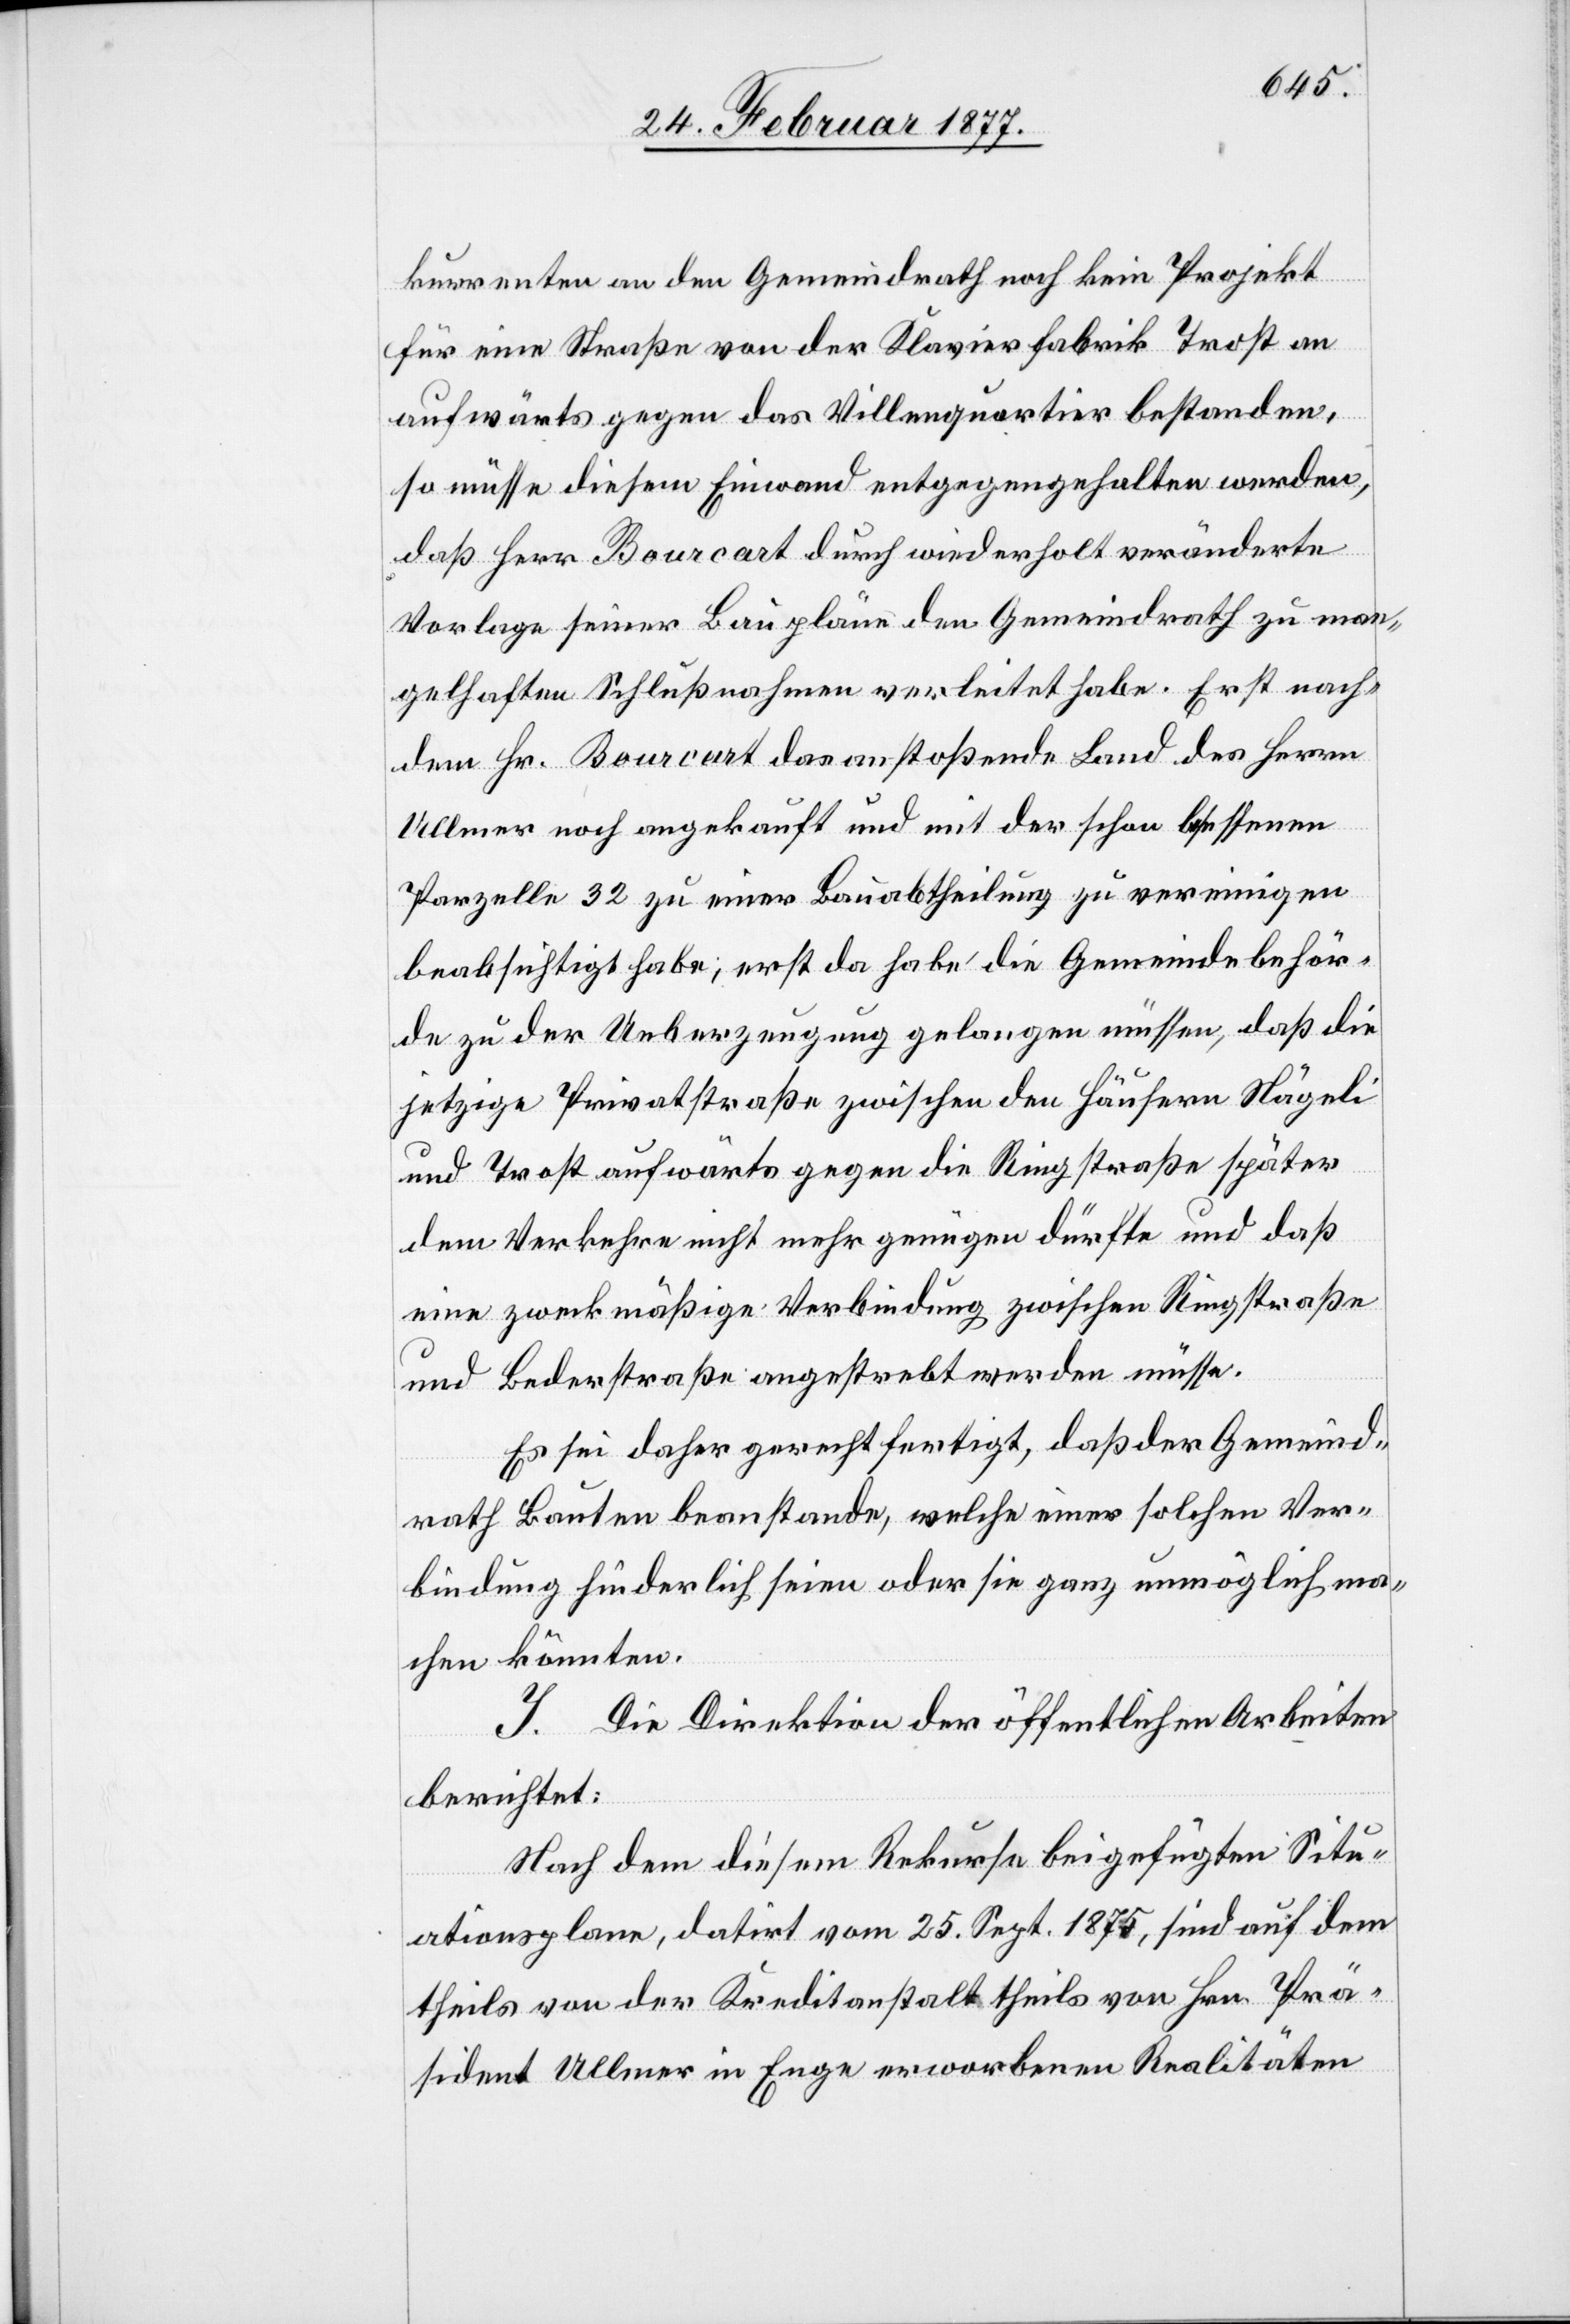
kurrenten an den Gemeindrath noch kein Projekt
für eine Straße von der Klavierfabrik Trost an
aufwärts gegen das Villenquartier bestanden,
so müsse diesem Einwand entgegengehalten werden,
daß Herr Bourcart durch wiederholt veränderte
Vorlage seiner Baupläne den Gemeindrath zu man¬
gelhaften Schlußnahmen verleitet habe. Erst nach¬
dem Hr. Bourcart das anstoßende Land des Herrn
Ullmer noch angekauft und mit der schon besessenen
Parzelle 32 zu einer Bauabtheilung zu vereinigen
beabsichtigt habe, erst da habe die Gemeindebehör¬
de zu der Ueberzeugung gelangen müssen, daß die
jetzige Privatstraße zwischen den Häusern Nägeli
und Trost aufwärts gegen die Ringstraße später
dem Verkehre nicht mehr genügen dürfte und daß
eine zweckmäßige Verbindung zwischen Ringstraße
und Bederstraße angestrebt werden müsse.
Es sei daher gerechtfertigt, daß der Gemeind¬
rath Bauten beanstande, welche einer solchen Ver¬
bindung hinderlich seien oder sie ganz unmöglich ma¬
chen könnten.
Die Direktion der öffentlichen Arbeiten
berichtet:
Nach dem diesem Rekurse beigefügten Situ¬
ationsplan, datirt vom 25. Sept. 1875, sind auf dem
theils von der Kreditanstalt theils von Hrn. Prä¬
sident Ullmer in Enge erworbenen Realitäten